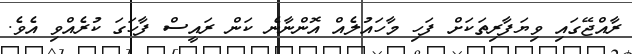
ރާއްޖޭގައި ވިޔަފާރިތަކަށް ފަހި މާހައުލެއް އޮންނާނެ ކަން ރައީސް ފާހަގަ ކުރެއްވި އެވެ.